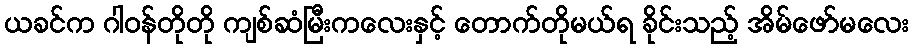
ယခင်က ဂါဝန်တိုတို ကျစ်ဆံမြီးကလေးနှင့် တောက်တိုမယ်ရ ခိုင်းသည့် အိမ်ဖော်မလေး